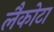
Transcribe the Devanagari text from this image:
लैकोटा